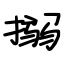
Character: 搦